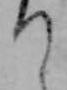
り